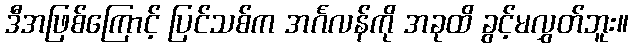
ဒီအဖြစ်ကြောင့် ပြင်သစ်က အင်္ဂလန်ကို အခုထိ ခွင့်မလွှတ်ဘူး။